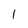
Character: 1